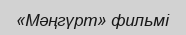
«Мәңгүрт» фильмі